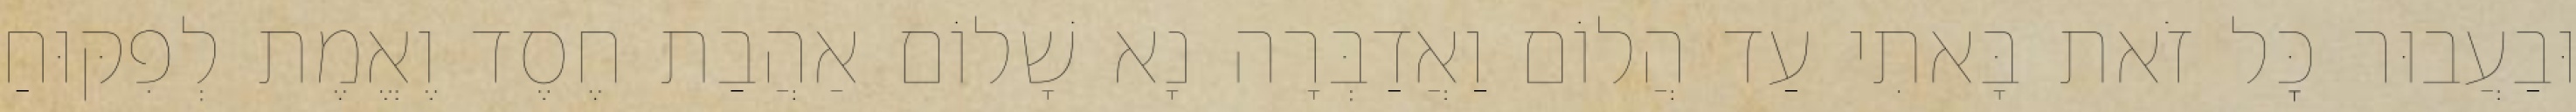
וּבַעֲבוּר כׇּל זֹאת בָּאתִי עַד הֲלוֹם וַאֲדַבְּרָה נָא שָׁלוֹם אַהֲבַת חֶסֶד וֶאֱמֶת לְפִקּוּחַ